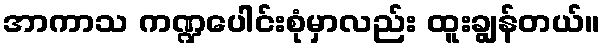
အာကာသ ကဏ္ဍပေါင်းစုံမှာလည်း ထူးချွန်တယ်။